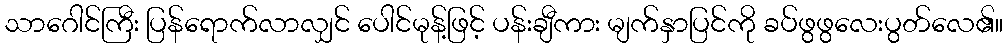
သာဂေါင်ကြီး ပြန်ရောက်လာလျှင် ပေါင်မုန့်ဖြင့် ပန်းချီကား မျက်နှာပြင်ကို ခပ်ဖွဖွလေးပွတ်လေ၏။